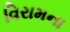
વિરામના